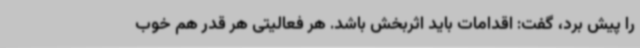
را پیش برد، گفت: اقدامات باید اثربخش باشد. هر فعالیتی هر قدر هم خوب